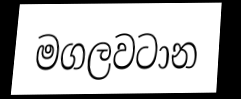
මගලවටාන